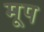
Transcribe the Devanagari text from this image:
मूप